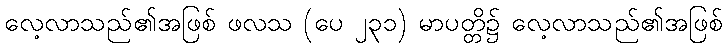
လေ့လာသည်၏အဖြစ် ဖလသ (ပေ ၂၃၁) မာပတ္တိ၌ လေ့လာသည်၏အဖြစ်